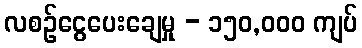
လစဉ်ငွေပေးချေမှု - ၁၅၀,၀၀၀ ကျပ်